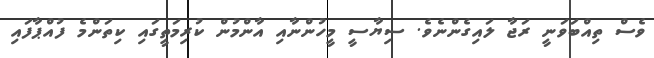
ވެސް ތިއްބަވަނީ ރަޖާ ލައިގެންނެވެ. ސިޔާސީ މީހުންނާއި އާންމުން ކުރިމަތީގައި ކިތަންމެ ފުއްޕާފައި